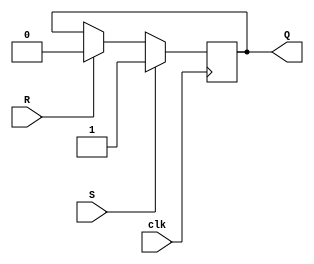
module edge_triggered_sr_ff (
    input clk,
    input S,
    input R,
    output Q
);

reg Q_reg;

always @(posedge clk) begin
    if (S) begin
        Q_reg <= 1'b1;
    end else if (R) begin
        Q_reg <= 1'b0;
    end
end

assign Q = Q_reg;

endmodule